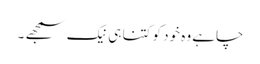
چاہے وہ خود کو کتنا ہی نیک سمجھے ۔